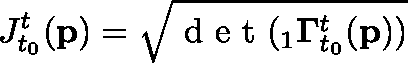
J _ { t _ { 0 } } ^ { t } ( \mathbf { p } ) = \sqrt { \textup { d e t } ( { } _ { 1 } \mathbf { \Gamma } _ { t _ { 0 } } ^ { t } ( \mathbf { p } ) ) }